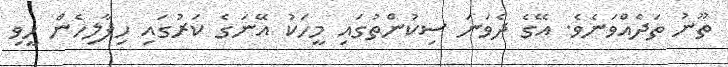
ތޫނު ތަދެއްވަނެވެ. އޭގެ ދެވަނަ ސިކުންތުގައި މީހަކު އޭނަގެ ކަރުގައި ހިފާލިހެން ހީވި